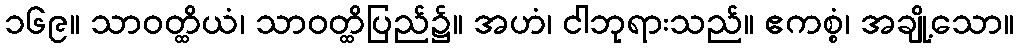
၁၆၉။ သာဝတ္ထိယံ၊ သာဝတ္ထိပြည်၌။ အဟံ၊ ငါဘုရားသည်။ ဧကစ္စံ၊ အချို့သော။